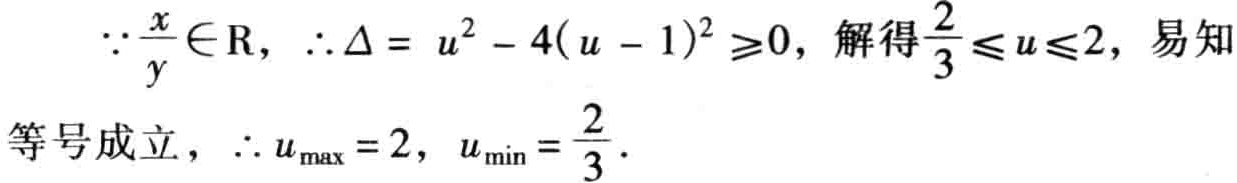
\(\because \frac{x}{y} \in \mathrm{R}, \therefore \Delta=u^{2}-4(u - 1)^{2} \geqslant 0\), 解得\(\frac{2}{3} \leqslant u \leqslant 2\), 易知
等号成立，\(\therefore u_{\max } = 2\), \(u_{\min }=\frac{2}{3}\).